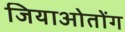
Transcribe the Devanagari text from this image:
जियाओतोंग